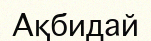
Ақбидай